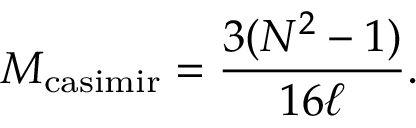
M _ { \mathrm { c a s i m i r } } = { \frac { 3 ( N ^ { 2 } - 1 ) } { 1 6 \ell } } .